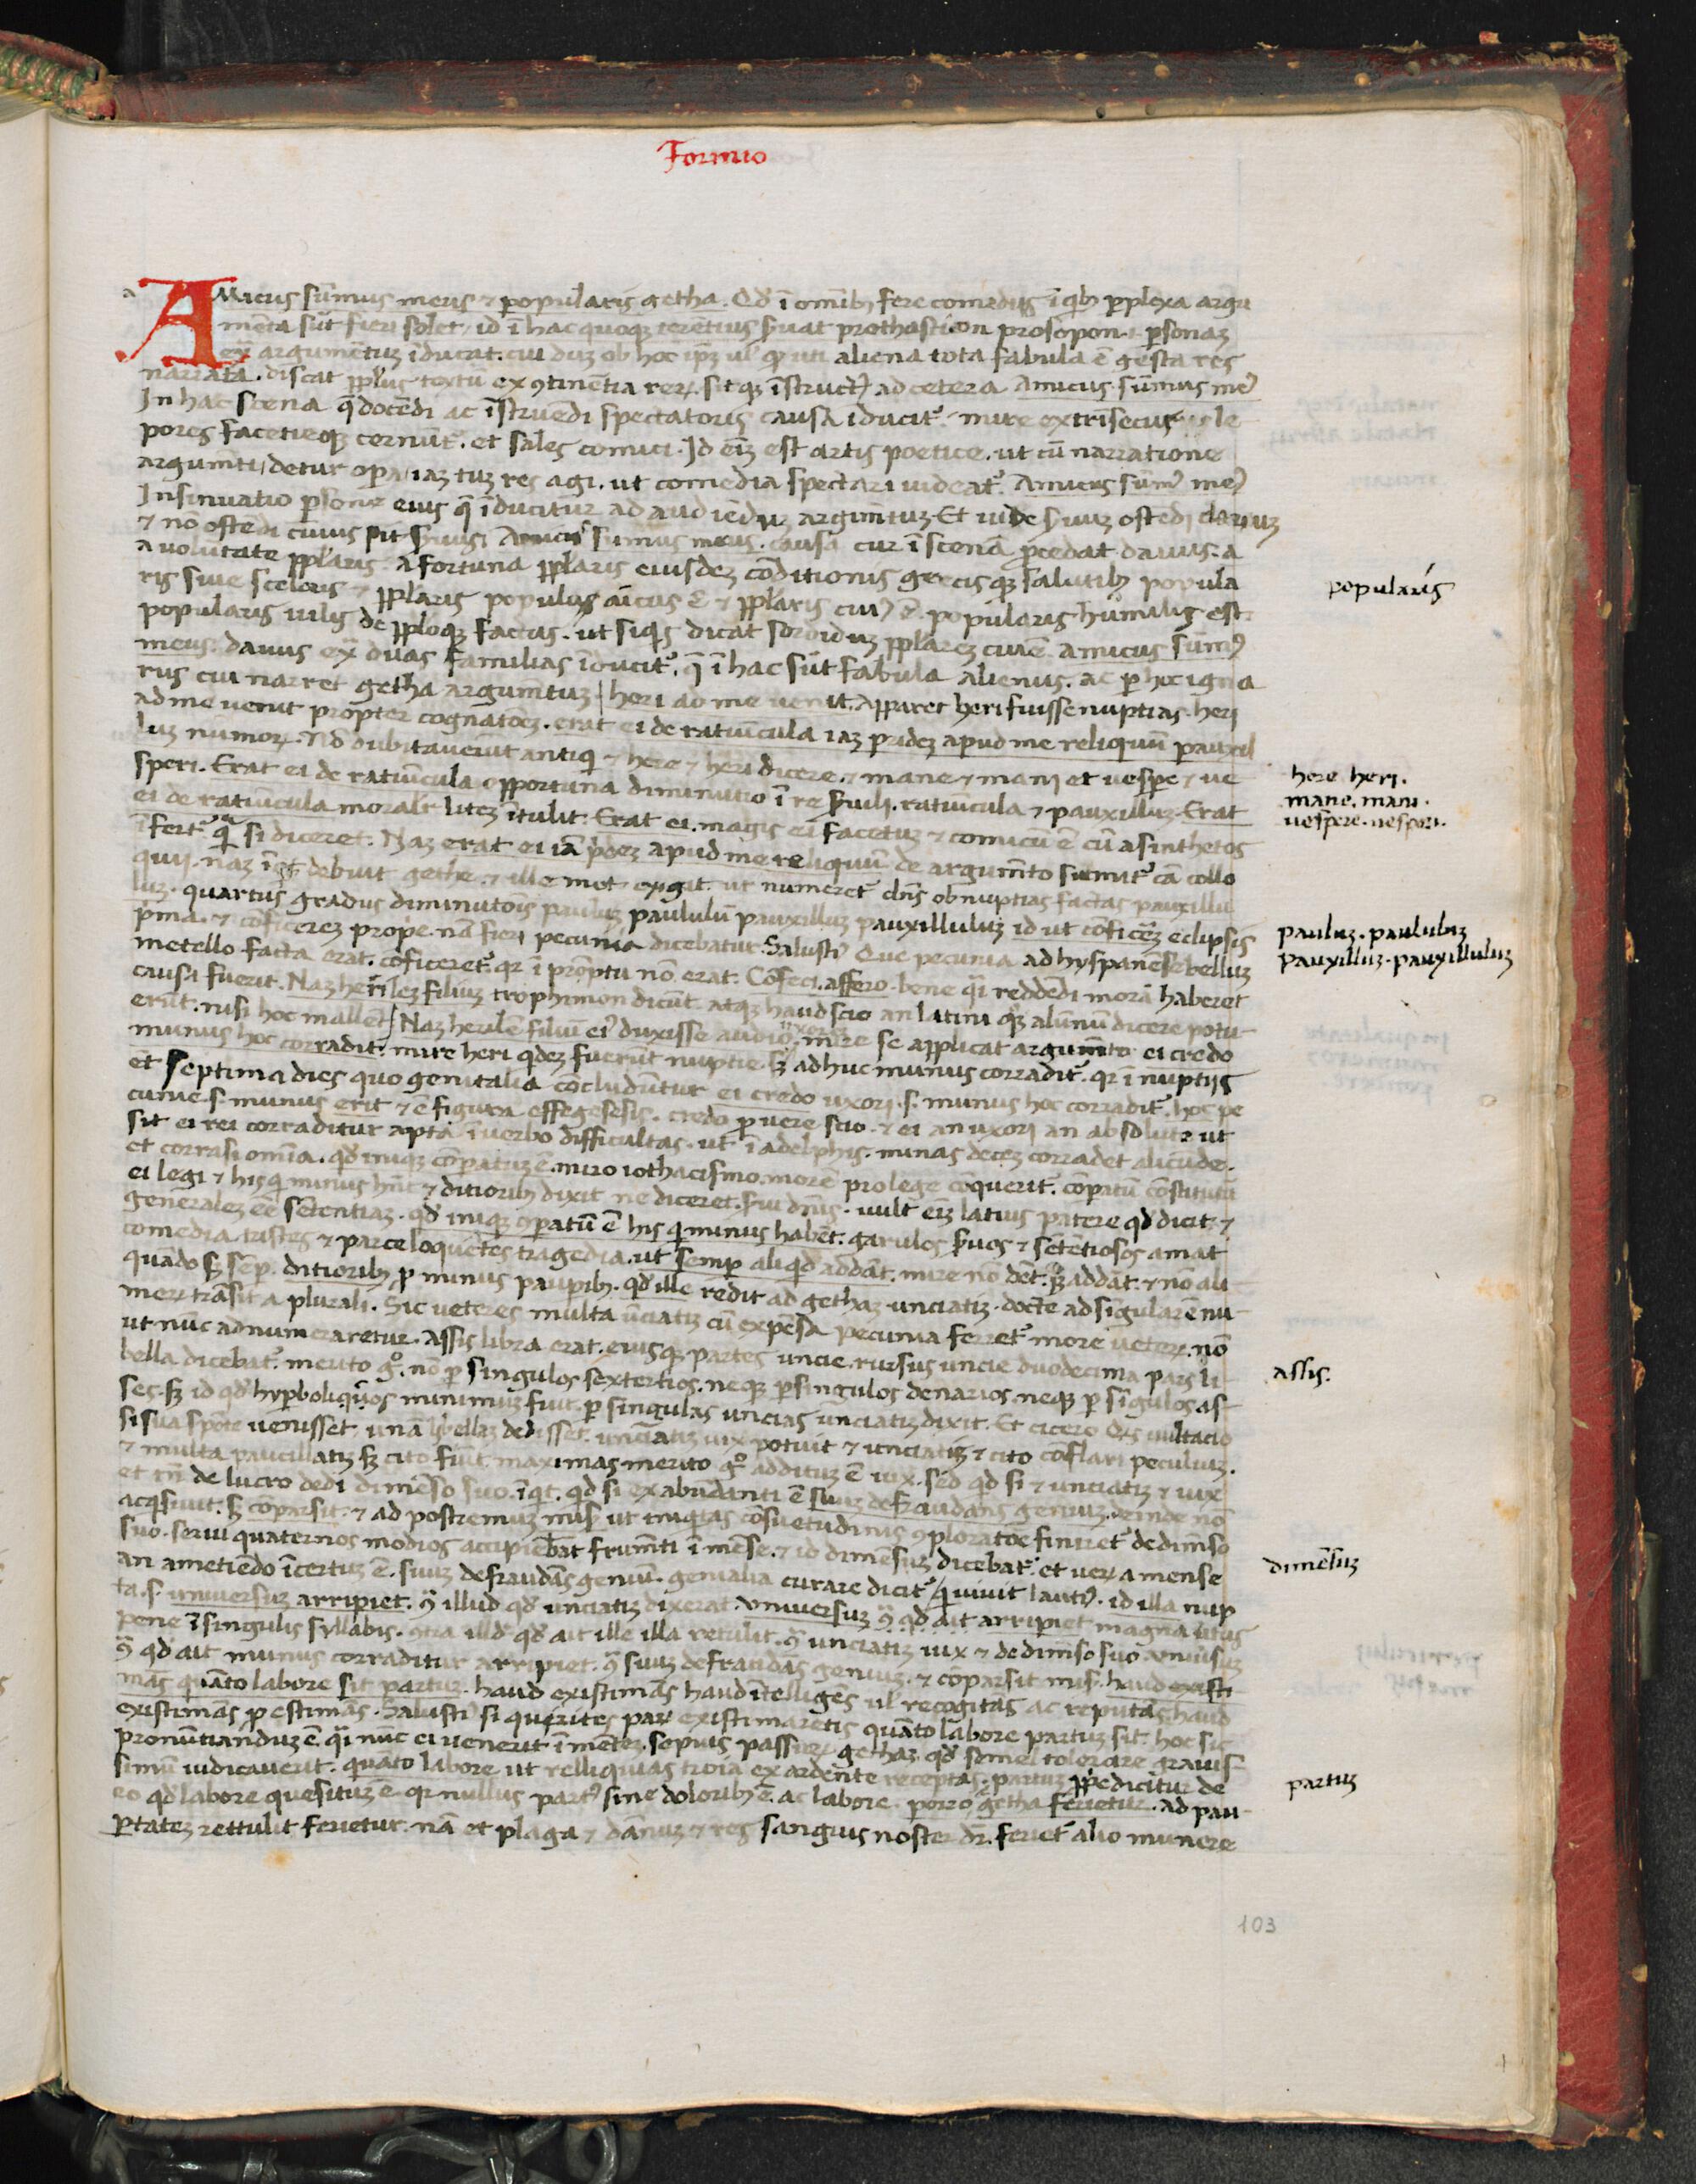
Shelfmark: Florence, Biblioteca Medicea Laurenziana, Laur. Plut. 53.08
Century: 15